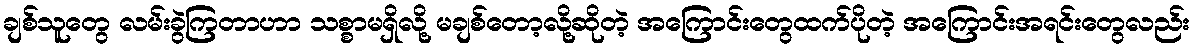
ချစ်သူတွေ လမ်းခွဲကြတာဟာ သစ္စာမရှိလို့ မချစ်တော့လို့ဆိုတဲ့ အကြောင်းတွေထက်ပိုတဲ့ အကြောင်းအရင်းတွေလည်း